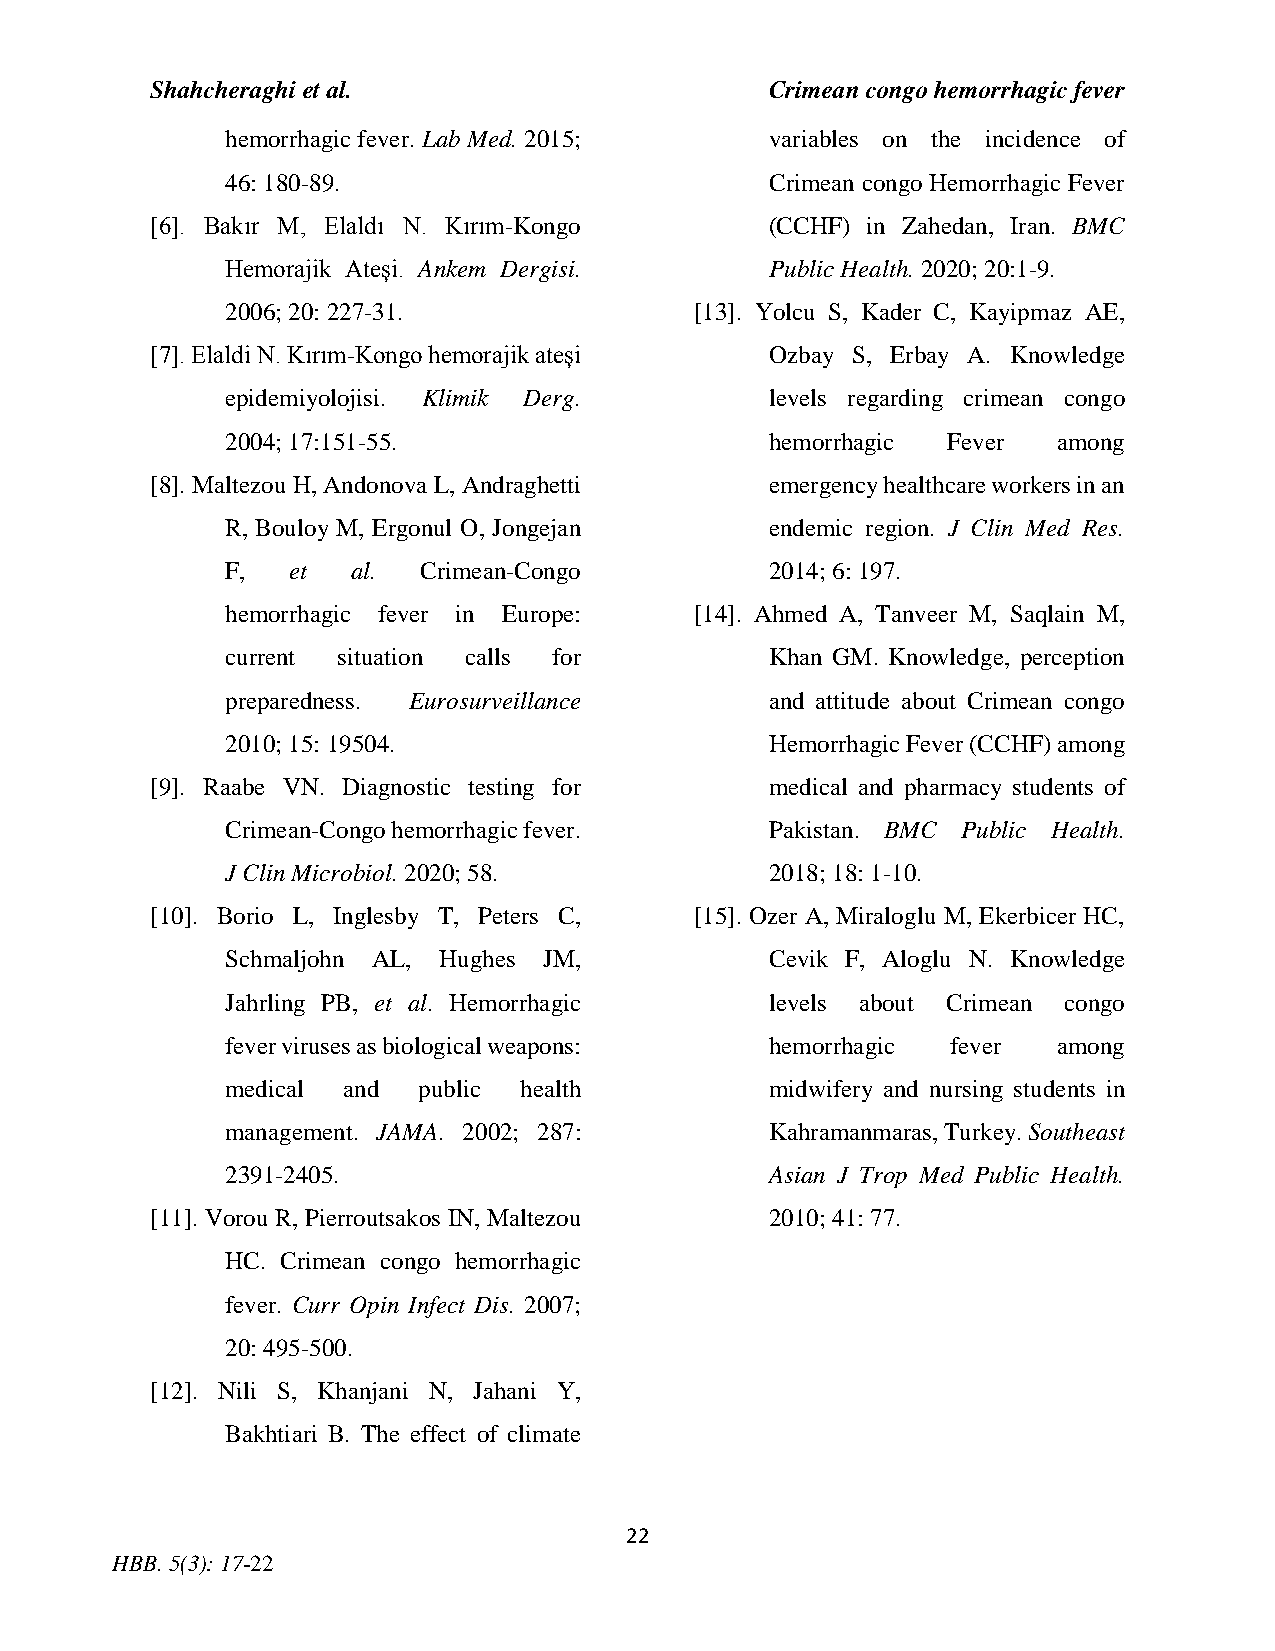
Shahcheraghi et al.                      Crimean congo hemorrhagic fever
 hemorrhagic fever. Lab Med. 2015;   variables on the incidence of
 46: 180-89.                         Crimean congo Hemorrhagic Fever
 [6]. Bakır M, Elaldı N. Kırım-Kongo      (CCHF) in Zahedan, Iran. BMC
 Hemorajik Ateşi. Ankem Dergisi.     Public Health. 2020; 20:1-9.
 2006; 20: 227-31.              [13]. Yolcu S, Kader C, Kayipmaz AE,
 [7]. Elaldi N. Kırım-Kongo hemorajik ateşi Ozbay S, Erbay A. Knowledge
 epidemiyolojisi. Klimik Derg.       levels regarding crimean congo
 2004; 17:151-55.                    hemorrhagic Fever  among
 [8]. Maltezou H, Andonova L, Andraghetti emergency healthcare workers in an
 R, Bouloy M, Ergonul O, Jongejan    endemic region. J Clin Med Res.
 F,  et  al.  Crimean-Congo          2014; 6: 197.
 hemorrhagic fever in Europe:   [14]. Ahmed A, Tanveer M, Saqlain M,
 current situation calls for         Khan GM. Knowledge, perception
 preparedness. Eurosurveillance      and attitude about Crimean congo
 2010; 15: 19504.                    Hemorrhagic Fever (CCHF) among
 [9]. Raabe VN. Diagnostic testing for    medical and pharmacy students of
 Crimean-Congo hemorrhagic fever.    Pakistan. BMC Public Health.
 J Clin Microbiol. 2020; 58.         2018; 18: 1-10.
 [10]. Borio L, Inglesby T, Peters C, [15]. Ozer A, Miraloglu M, Ekerbicer HC,
 Schmaljohn AL, Hughes JM,           Cevik F, Aloglu N. Knowledge
 Jahrling PB, et al. Hemorrhagic     levels about Crimean congo
 fever viruses as biological weapons: hemorrhagic fever among
 medical and  public health          midwifery and nursing students in
 management. JAMA. 2002; 287:        Kahramanmaras, Turkey. Southeast
 2391-2405.                          Asian J Trop Med Public Health.
 [11]. Vorou R, Pierroutsakos IN, Maltezou 2010; 41: 77.
 HC. Crimean congo hemorrhagic
 fever. Curr Opin Infect Dis. 2007;
 20: 495-500.
 [12]. Nili S, Khanjani N, Jahani Y,
 Bakhtiari B. The effect of climate
 22
 HBB. 5(3): 17-22